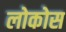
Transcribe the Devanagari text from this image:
लोकोस